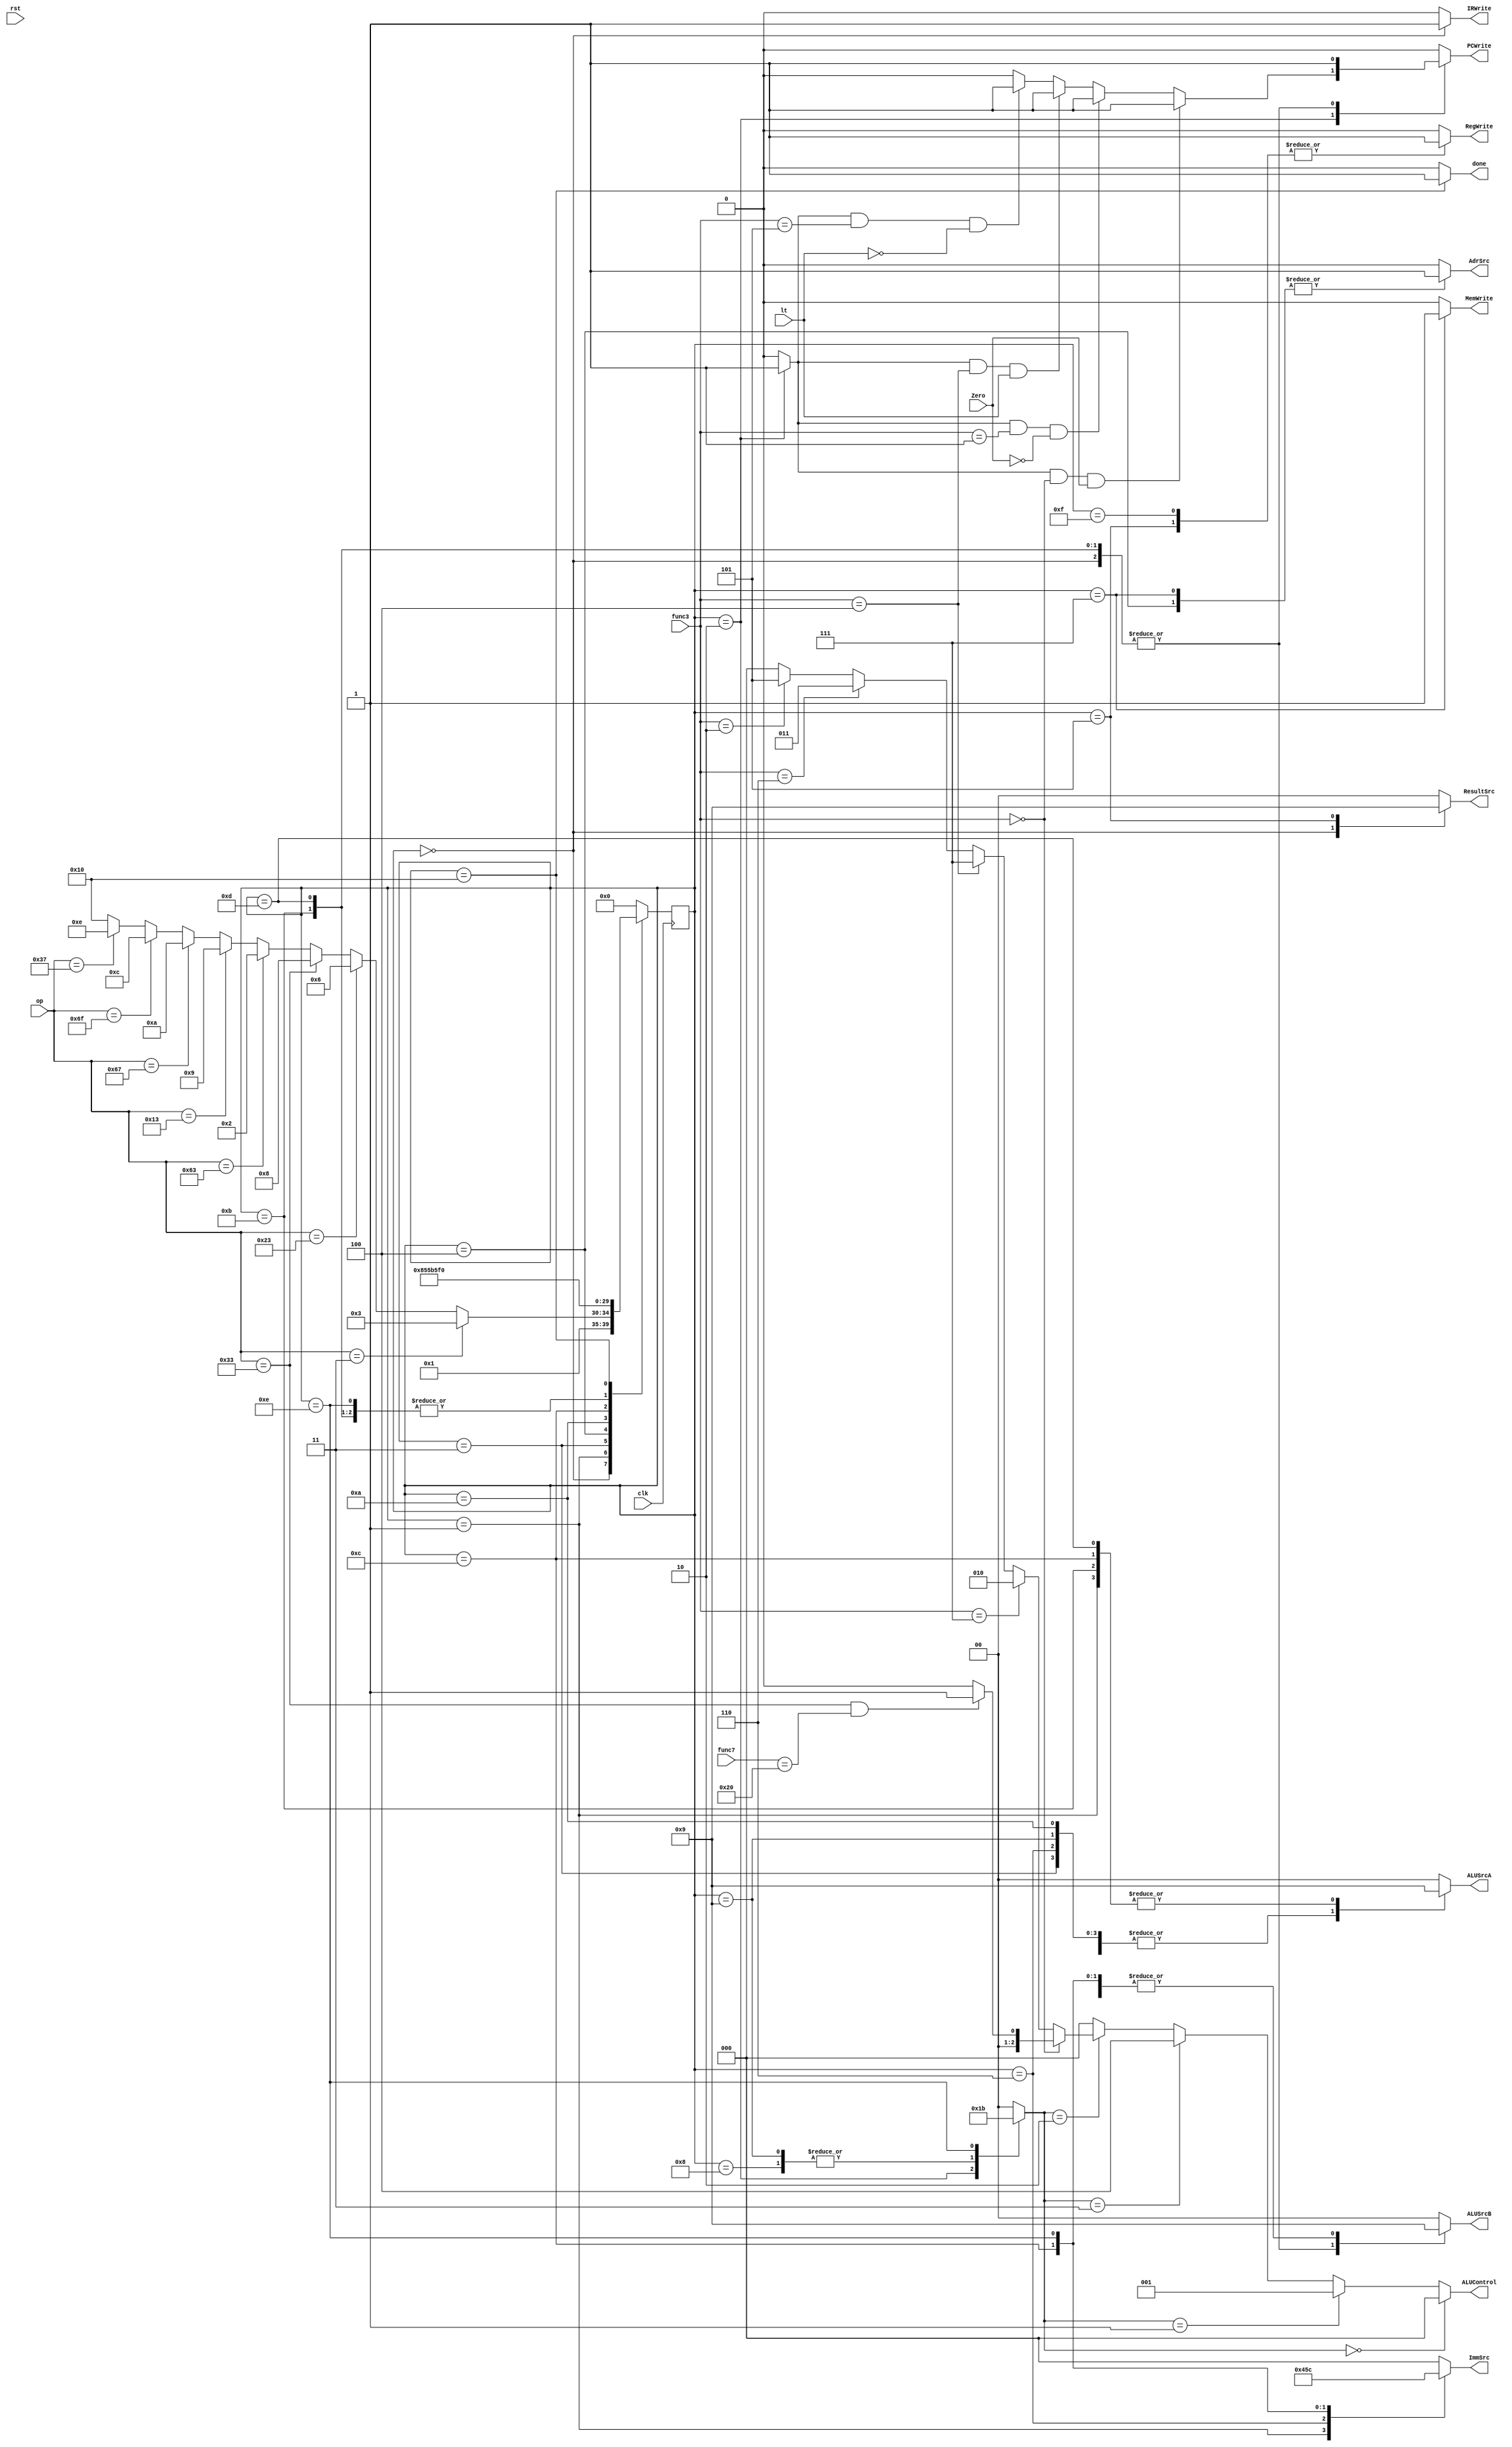
`define lw   7'b0000011
`define sw   7'b0100011
`define RT   7'b0110011
`define BT   7'b1100011
`define IT   7'b0010011
`define jalr 7'b1100111
`define jal  7'b1101111
`define lui  7'b0110111

`define S0  5'd0
`define S1  5'd1
`define S2  5'd2
`define S3  5'd3
`define S4  5'd4
`define S5  5'd5
`define S6  5'd6
`define S7  5'd7
`define S8  5'd8
`define S9 5'd9
`define S10 5'd10
`define S11 5'd11
`define S12 5'd12
`define S13 5'd13
`define S14 5'd14
`define S15 5'd15
`define S16 5'd16

module Controller_MC(clk, rst, op, func3, func7, Zero, lt,
    AdrSrc, ResultSrc, PCWrite, IRWrite, MemWrite, ALUControl, ALUSrcA, ALUSrcB, ImmSrc, RegWrite, done);

    // Input ports
    input clk, rst;
    input [6:0] op, func7;
    input [2:0] func3;
    input Zero, lt;
    // Output ports
    output reg AdrSrc, RegWrite, IRWrite, MemWrite, PCWrite, done;
    output reg [1:0] ResultSrc, ALUSrcA, ALUSrcB;
    output reg [2:0] ImmSrc;
    output [2:0] ALUControl;
    // Wire and regs
    reg[1:0] ALUOp;
    reg branch;
    wire beq, bne, blt, bge;
    reg[4:0] ns, ps = `S0;

    assign beq = branch & (func3 == 3'b000);
    assign bne = branch & (func3 == 3'b001);
    assign blt = branch & (func3 == 3'b100);
    assign bge = branch & (func3 == 3'b101);

    assign ALUControl = 
        (ALUOp == 2'b00) ? 3'b000 :
        (ALUOp == 2'b01) ? 3'b001 :
        (ALUOp == 2'b11) ? 3'b100 :
        (ALUOp == 2'b10) ? 
        (func3 == 3'b000) ? ((op == `RT & func7 == 7'b0100000) ? 3'b001: 3'b000) :
        (func3 == 3'b111) ? 3'b010 :
        (func3 == 3'b100) ? 3'b111 :
        (func3 == 3'b110) ? 3'b011 :
        (func3 == 3'b010) ? 3'b101 : 3'b000 : 3'b000;



    always@(ps, beq, bne, blt, bge, Zero, lt, op, func3, func7) begin
        {ResultSrc, ALUSrcB, ALUSrcA, ALUOp, ImmSrc, PCWrite, AdrSrc, MemWrite, IRWrite, RegWrite, branch, done} = 18'd0;

        case(ps)
            `S0:  begin IRWrite = 1; ALUSrcB = 2'b10; ResultSrc = 2'b10; PCWrite = 1;end
            `S1:  begin 
                ALUSrcB = 2'b01; 
                ALUSrcA = 2'b01;
                ImmSrc = 3'b010; 
            end
    	    `S2:  begin 
                ALUSrcA = 2'b10; 
                ALUOp = 2'b01;
                branch = 1;
                PCWrite = 
                    (beq & Zero) ? 1 :
					(bne & ~Zero) ? 1 :
					(blt & lt) ? 1 :
					(bge & ~lt) ? 1 : 0;
            end
            `S3:  begin ALUSrcA = 2'b10; ALUSrcB = 2'b01; end
            `S4:  begin AdrSrc = 1; end
            `S5:  begin ResultSrc = 2'b01; RegWrite = 1;  end
            `S6:  begin ImmSrc = 3'b001; ALUSrcA = 2'b10; ALUSrcB = 2'b01; end
            `S7:  begin AdrSrc = 1; MemWrite = 1; end
            `S8:  begin ALUSrcA = 2'b10; ALUOp = 2'b10; end
            `S9: begin ALUSrcA = 2'b10; ALUSrcB = 2'b01; ALUOp = 2'b10; end
            `S10: begin ALUSrcA = 2'b10; ALUSrcB = 2'b01;end
            `S11: begin PCWrite = 1; ALUSrcA = 2'b01; ALUSrcB = 2'b10; end
            `S12: begin ALUSrcA = 2'b01; ALUSrcB = 2'b01; ImmSrc = 3'b011;end
            `S13: begin PCWrite = 1; ALUSrcA = 2'b01; ALUSrcB = 2'b10; end
            `S14: begin ImmSrc = 3'b100; ALUSrcB = 2'b01; ALUOp = 2'b11; end
            `S15: begin RegWrite = 1; end
  	        `S16: begin done = 1; end
        endcase

    end

    always@(ps, op) begin
        ns = `S0;
        case(ps)
            `S0: ns = `S1; 
            `S1:  begin 
                ns= (op == `lw) ? `S3 :
      	            (op == `sw) ?   `S6 :
      	            (op == `RT) ?   `S8 :
      	            (op == `BT) ?   `S2 :
      	            (op == `IT) ?   `S9 :
      	            (op == `jalr) ? `S10 :
      	            (op == `jal) ?  `S12 :
      	            (op == `lui) ?  `S14 : `S16;
            end
    	    `S2: ns = `S0;
            `S3: ns = `S4;
            `S4: ns = `S5;
            `S5: ns = `S0;
            `S6: ns = `S15;
            `S7: ns = `S0;
            `S8: ns = `S15;
            `S9: ns = `S15; 
            `S10: ns = `S11; 
            `S11: ns = `S15; 
            `S12: ns = `S13; 
            `S13: ns = `S15;
            `S14: ns = `S15;
            `S15: ns = `S0;
  	        `S16: ns = `S16;
        endcase
    end

    always@(posedge clk) begin
        ps <= ns;
    end

endmodule